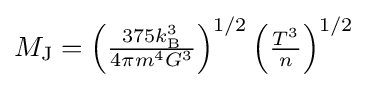
{\textstyle M_{\text{J}}=\left({\frac {375k_{\text{B}}^{3}}{4\pi m^{4}G^{3}}}\right)^{1/2}\left({\frac {T^{3}}{n}}\right)^{1/2}}